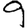
Digit: 9